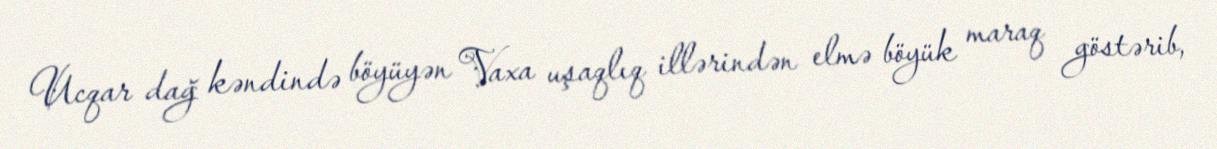
Ucqar dağ kəndində böyüyən Vaxa uşaqlıq illərindən elmə böyük maraq göstərib,